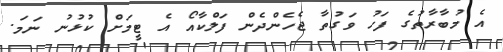
އެ މުބާރާތުގެ ފަހު ވަގުތާ ޖެހެންދެން ފަލްކާއޯ އެ ޓީމަށް ކުޅުނު ނަމަ.